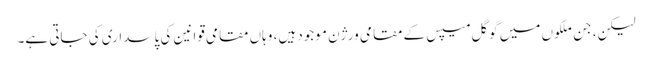
لیکن، جن ملکوں میں گوگل میپس کے مقامی ورژن موجود ہیں، وہاں مقامی قوانین کی پاسداری کی جاتی ہے۔